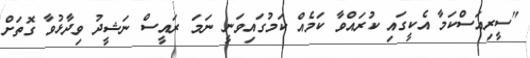
"ސީރިއަސްކަމާ އެކީގައި ކުރައްވާ ކަމެއް ކަމުގައިވަނީ ނަމަ ރައީސް ނަޝީދު ވިދާޅުވާ ގޮތަށް